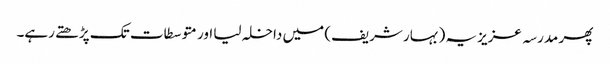
پھر مدرسہ عزیزیہ (بہار شریف) میں داخلہ لیا اور متوسطات تک پڑھتے رہے۔